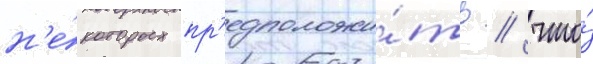
н'е́которых пр'едположи́ть / что́